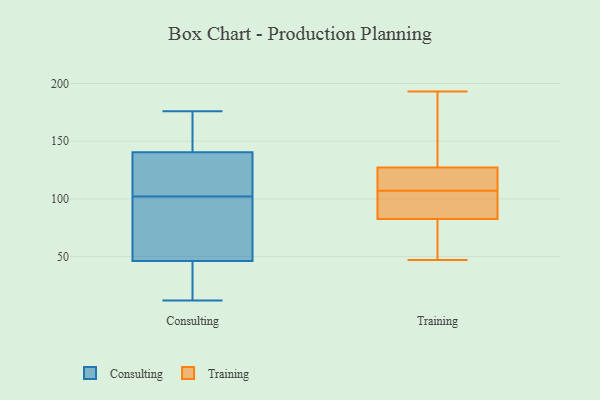
{"axis": {"x": "Population (Million)", "y": "Value"}, "legend": ["Consulting", "Training"], "data": [{"x": "", "y": 38, "type": "Consulting"}, {"x": "", "y": 134, "type": "Consulting"}, {"x": "", "y": 104, "type": "Consulting"}, {"x": "", "y": 160, "type": "Consulting"}, {"x": "", "y": 167, "type": "Consulting"}, {"x": "", "y": 112, "type": "Consulting"}, {"x": "", "y": 176, "type": "Consulting"}, {"x": "", "y": 102, "type": "Consulting"}, {"x": "", "y": 12, "type": "Consulting"}, {"x": "", "y": 23, "type": "Consulting"}, {"x": "", "y": 73, "type": "Consulting"}, {"x": "", "y": 71, "type": "Consulting"}, {"x": "", "y": 49, "type": "Consulting"}, {"x": "", "y": 117, "type": "Training"}, {"x": "", "y": 120, "type": "Training"}, {"x": "", "y": 107, "type": "Training"}, {"x": "", "y": 158, "type": "Training"}, {"x": "", "y": 47, "type": "Training"}, {"x": "", "y": 149, "type": "Training"}, {"x": "", "y": 111, "type": "Training"}, {"x": "", "y": 81, "type": "Training"}, {"x": "", "y": 193, "type": "Training"}, {"x": "", "y": 103, "type": "Training"}, {"x": "", "y": 83, "type": "Training"}, {"x": "", "y": 99, "type": "Training"}, {"x": "", "y": 47, "type": "Training"}]}